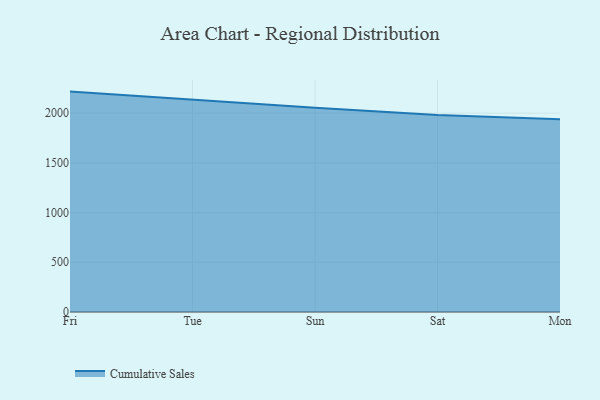
{"axis": {"x": "Day", "y": "Gross Profit (USD K)"}, "legend": ["Cumulative Sales"], "data": [{"x": "Fri", "y": 2216.6, "type": "Cumulative Sales"}, {"x": "Tue", "y": 2132.8, "type": "Cumulative Sales"}, {"x": "Sun", "y": 2054.9, "type": "Cumulative Sales"}, {"x": "Sat", "y": 1981.0, "type": "Cumulative Sales"}, {"x": "Mon", "y": 1939.7, "type": "Cumulative Sales"}]}